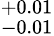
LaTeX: _{-0.01}^{+0.01}